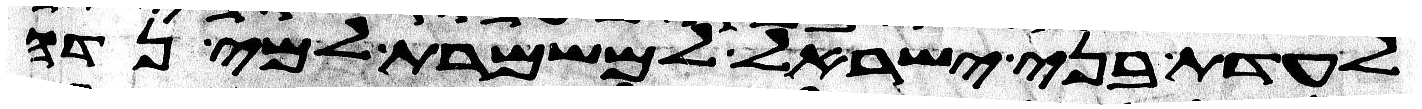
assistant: לעדת בני ישראל למשמרת למי נדה